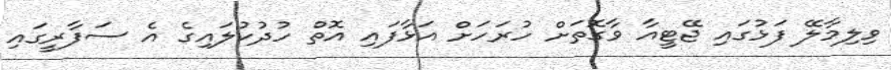
ވިލިމާލޭ ފަޅުގައި ޖޭޓީއާ ވާގޮތަށް ހުރަހަށް އަޅާފައި އޮތް ހުދުކުލައިގެ އެ ސަފާރީގައި